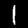
Label: 1